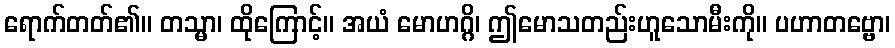
ရောက်တတ်၏။ တသ္မာ၊ ထိုကြောင့်။ အယံ မောဟဂ္ဂိ၊ ဤမောသတည်းဟူသောမီးကို။ ပဟာတဗ္ဗော၊